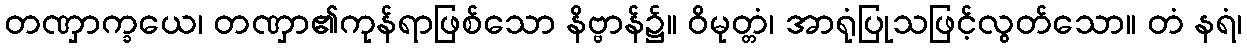
တဏှာက္ခယေ၊ တဏှာ၏ကုန်ရာဖြစ်သော နိဗ္ဗာန်၌။ ဝိမုတ္တံ၊ အာရုံပြုသဖြင့်လွတ်သော။ တံ နရံ၊